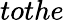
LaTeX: tothe